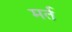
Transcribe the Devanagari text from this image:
मर्त